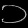
Digit: ၁